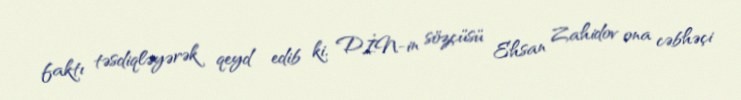
faktı təsdiqləyərək qeyd edib ki, DİN-in sözçüsü Ehsan Zahidov ona cəbhəçi